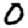
Digit: 0